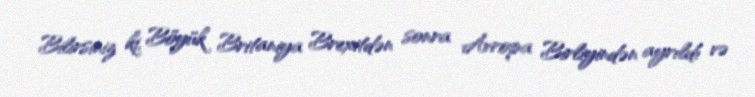
Bilirsiniz ki, Böyük Britaniya Brexitdən sonra Avropa Birliyindən ayrıldı və